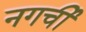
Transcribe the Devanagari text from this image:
नगर्ची